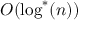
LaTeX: O ( \log ^ { * } ( n ) )